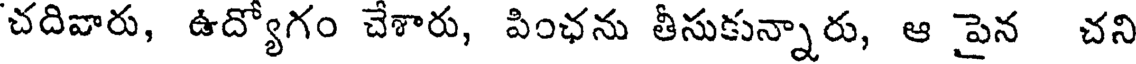
చదివారు, ఉద్యోగం చేశారు, పింఛను తీసుకున్నారు, ఆ పైన చని